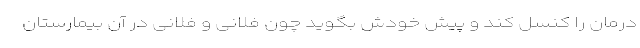
درمان را کنسل کند و پیش خودش بگوید چون فلانی و فلانی در آن بیمارستان